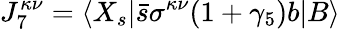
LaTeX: J_{7}^{\kappa\nu}=\langle X_{s}|\bar{s}\sigma^{\kappa\nu}(1+\gamma_{5})b|B\rangle